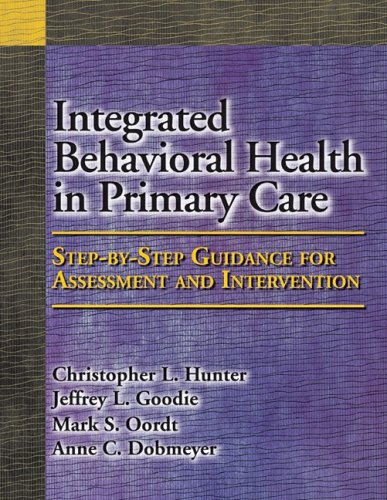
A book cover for Integrated Behavioral Health in Primary Care: Step-by-Step Guidance for Assessment and Intervention; Christopher L. Hunter; Medical Books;